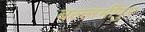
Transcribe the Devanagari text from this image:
बल्लभीपुर